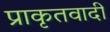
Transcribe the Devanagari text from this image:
प्राकृतवादी